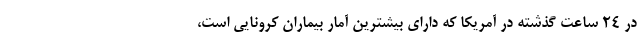
در ۲۴ ساعت گذشته در آمریکا که دارای بیشترین آمار بیماران کرونایی است،